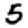
Digit: 5